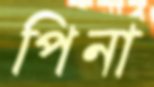
পিনা